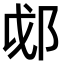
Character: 𫑛